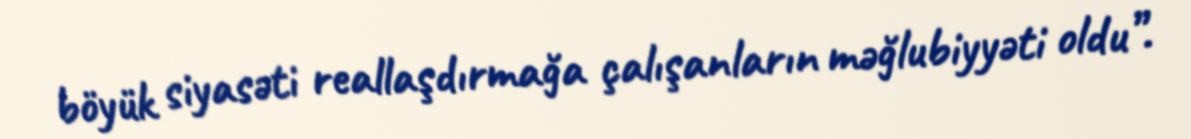
böyük siyasəti reallaşdırmağa çalışanların məğlubiyyəti oldu”.